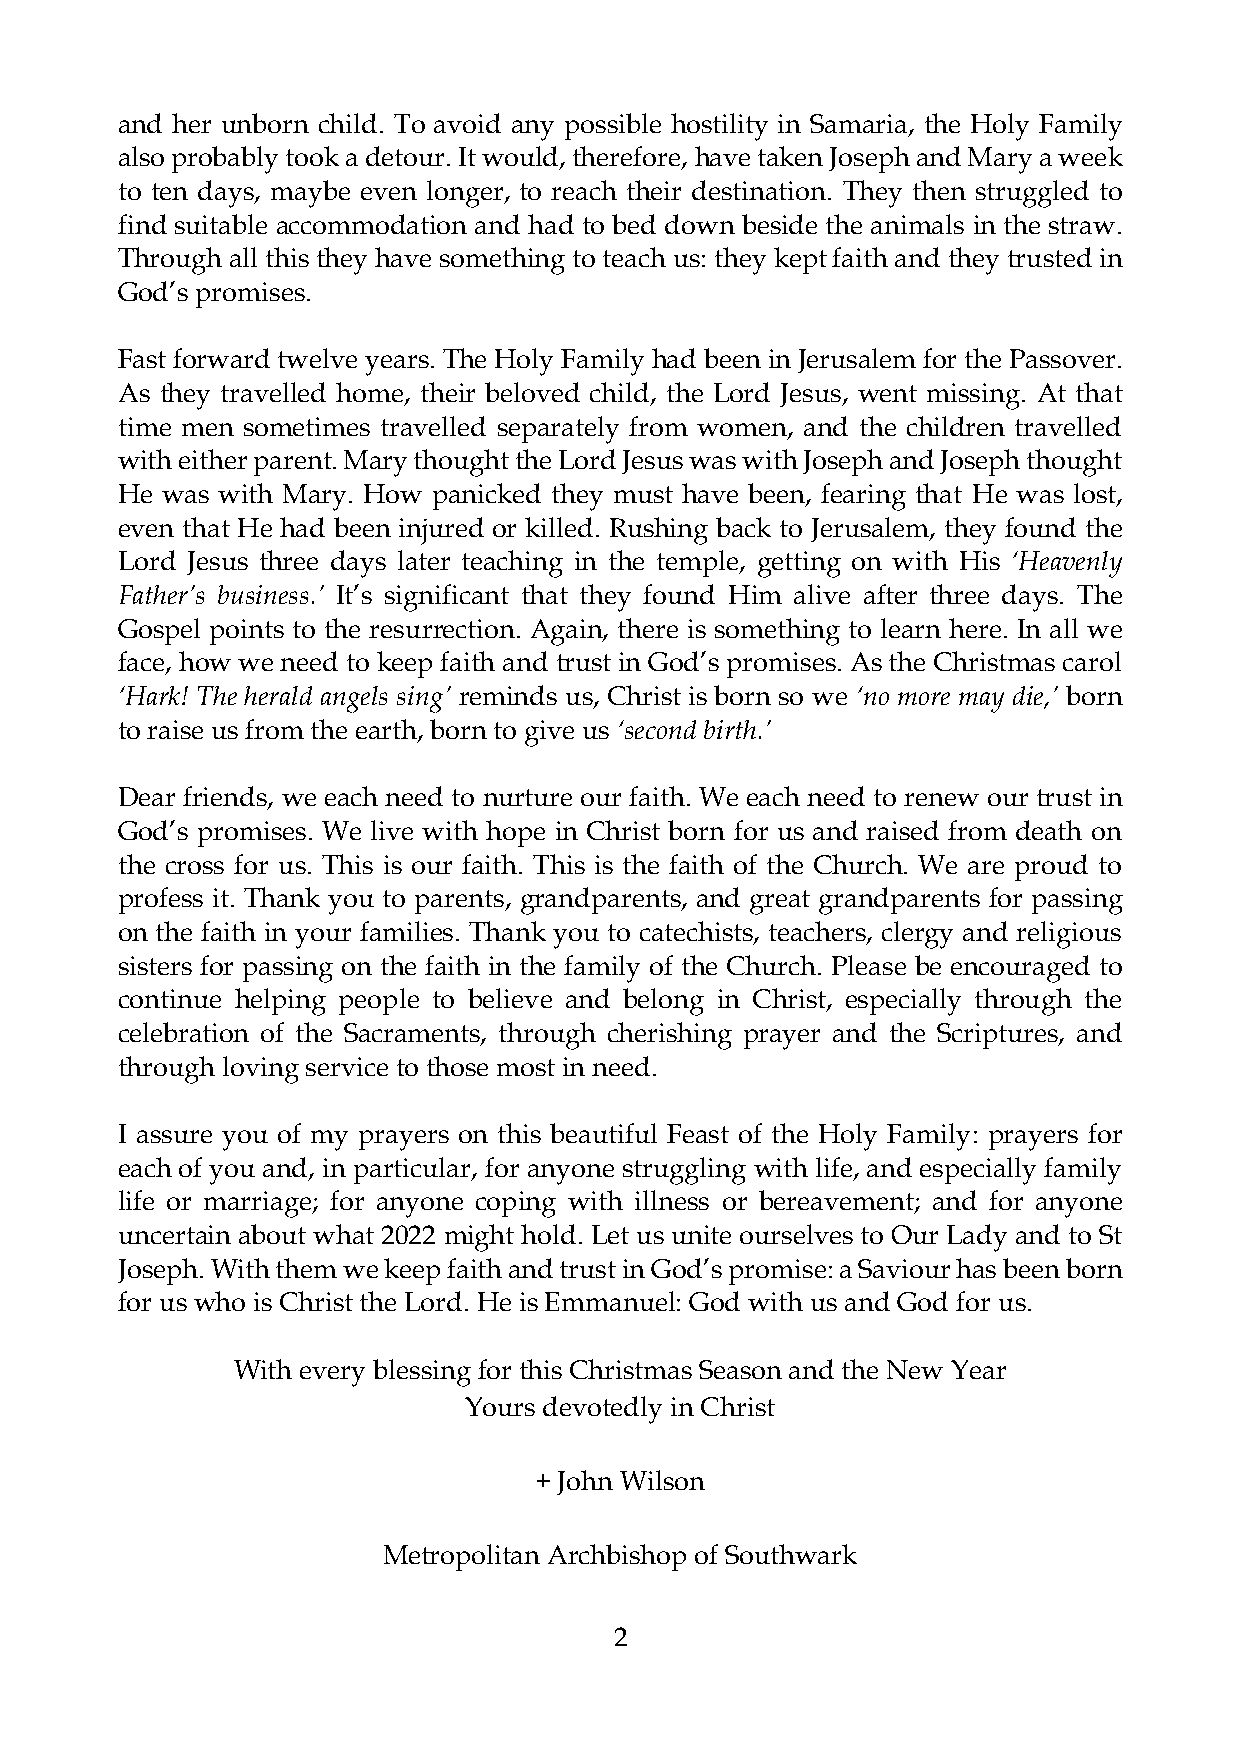
and her unborn child. To avoid any possible hostility in Samaria, the Holy Family
 also probably took a detour. It would, therefore, have taken Joseph and Mary a week
 to ten days, maybe even longer, to reach their destination. They then struggled to
 find suitable accommodation and had to bed down beside the animals in the straw.
 Through all this they have something to teach us: they kept faith and they trusted in
 God’s promises.
 Fast forward twelve years. The Holy Family had been in Jerusalem for the Passover.
 As they travelled home, their beloved child, the Lord Jesus, went missing. At that
 time men sometimes travelled separately from women, and the children travelled
 with either parent. Mary thought the Lord Jesus was with Joseph and Joseph thought
 He was with Mary. How panicked they must have been, fearing that He was lost,
 even that He had been injured or killed. Rushing back to Jerusalem, they found the
 Lord Jesus three days later teaching in the temple, getting on with His ‘Heavenly
 Father’s business.’ It’s significant that they found Him alive after three days. The
 Gospel points to the resurrection. Again, there is something to learn here. In all we
 face, how we need to keep faith and trust in God’s promises. As the Christmas carol
 ‘Hark! The herald angels sing’ reminds us, Christ is born so we ‘no more may die,’ born
 to raise us from the earth, born to give us ‘second birth.’
 Dear friends, we each need to nurture our faith. We each need to renew our trust in
 God’s promises. We live with hope in Christ born for us and raised from death on
 the cross for us. This is our faith. This is the faith of the Church. We are proud to
 profess it. Thank you to parents, grandparents, and great grandparents for passing
 on the faith in your families. Thank you to catechists, teachers, clergy and religious
 sisters for passing on the faith in the family of the Church. Please be encouraged to
 continue helping people to believe and belong in Christ, especially through the
 celebration of the Sacraments, through cherishing prayer and the Scriptures, and
 through loving service to those most in need.
 I assure you of my prayers on this beautiful Feast of the Holy Family: prayers for
 each of you and, in particular, for anyone struggling with life, and especially family
 life or marriage; for anyone coping with illness or bereavement; and for anyone
 uncertain about what 2022 might hold. Let us unite ourselves to Our Lady and to St
 Joseph. With them we keep faith and trust in God’s promise: a Saviour has been born
 for us who is Christ the Lord. He is Emmanuel: God with us and God for us.
 With every blessing for this Christmas Season and the New Year
 Yours devotedly in Christ
 + John Wilson
 Metropolitan Archbishop of Southwark
 2